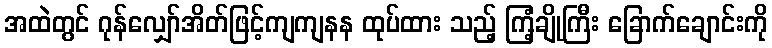
အထဲတွင် ဂုန်လျှော်အိတ်ဖြင့်ကျကျနန ထုပ်ထား သည့် ကြံ့ချိုကြီး ခြောက်ချောင်းကို